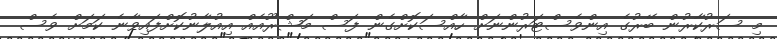
މި ސަރުކާރުން ބޭރުގެ އިންވެސްޓަރުންނަށް ހާއްސަކޮށްގެން ފަސް މަޝްރޫއެއް އިއުލާނުކޮށްފައިވާނެ ކަމަށް ވެސް